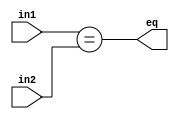
`timescale 1ns/1ns
module camparator(input[3:0] in1, in2, output eq);

assign eq = (in1 == in2); 

endmodule